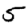
Digit: 5